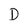
Character: D